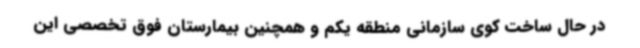
در حال ساخت کوی سازمانی منطقه یکم و همچنین بیمارستان فوق تخصصی این